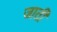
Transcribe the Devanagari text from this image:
जार्ती